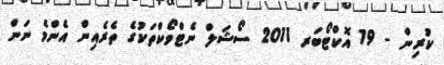
ކުރިން - 19 އޮކްޓޯބަރ 2011 ސޯޝަލް ނެޓްވޯކްތަކުގެ ތެރެއިން އެންމެ ނަން